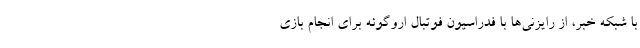
با شبکه خبر، از رایزنی‌ها با فدراسیون فوتبال اروگوئه برای انجام بازی